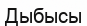
Дыбысы